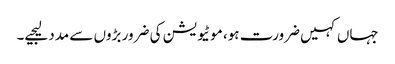
جہاں کہیں ضرورت ہو، موٹیویشن کی ضرور بڑوں سے مدد لیجیے۔